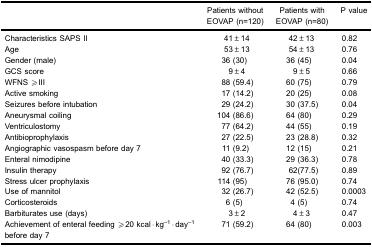
|  | Patients without EOVAP (n=120) | Patients with EOVAP (n=80) | P value |
 | --- | --- | --- | --- |
 | Characteristics SAPS II | 41±14 | 42±13 | 0.82 |
 | Age | 53±13 | 54±13 | 0.76 |
 | Gender (male) | 36 (30) | 36 (45) | 0.04 |
 | GCS score | 9±4 | 9±5 | 0.66 |
 | WFNS ≥III | 88 (59.4) | 60 (75) | 0.79 |
 | Active smoking | 17 (14.2) | 20 (25) | 0.08 |
 | Seizures before intubation | 29 (24.2) | 30 (37.5) | 0.04 |
 | Aneurysmal coiling | 104 (86.6) | 64 (80) | 0.29 |
 | Ventriculostomy | 77 (64.2) | 44 (55) | 0.19 |
 | Antibioprophylaxis | 27 (22.5) | 23 (28.8) | 0.32 |
 | Angiographic vasospasm before day 7 | 11 (9.2) | 12 (15) | 0.21 |
 | Enteral nimodipine | 40 (33.3) | 29 (36.3) | 0.78 |
 | Insulin therapy | 92 (76.7) | 62(77.5) | 0.89 |
 | Stress ulcer prophylaxis | 114 (95) | 76 (95.0) | 0.74 |
 | Use of mannitol | 32 (26.7) | 42 (52.5) | 0.0003 |
 | Corticosteroids | 6 (5) | 4 (5) | 0.74 |
 | Barbiturates use (days) | 3±2 | 4±3 | 0.47 |
 | Achievement of enteral feeding ≥20kcal·kg−1·day−1before day 7 | 71 (59.2) | 64 (80) | 0.003 |